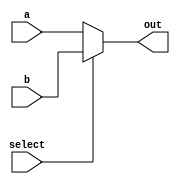
/********************************************************************************
 *                                                                              *
 *                          Yu Core - Single Cycle Version                      *
 *                                                                              *
 *------------------------------------------------------------------------------*
 * Description : This file gives general Muxes                                  *
 ********************************************************************************/
 
module Mux2 #(parameter OPERAND_WIDTH = 32) (out, select, a, b);
    input select;
    input [OPERAND_WIDTH - 1 : 0] a;
    input [OPERAND_WIDTH - 1 : 0] b;

    output reg [OPERAND_WIDTH - 1 : 0] out;

    always @ (*) out = (select == 0) ? a : b;
endmodule

module Mux4 #(parameter OPERAND_WIDTH = 32) (out, select, a, b, c, d);
    input [1 : 0] select;
    input [OPERAND_WIDTH - 1 : 0] a;
    input [OPERAND_WIDTH - 1 : 0] b;
    input [OPERAND_WIDTH - 1 : 0] c;
    input [OPERAND_WIDTH - 1 : 0] d;

    output reg [OPERAND_WIDTH - 1 : 0] out;

    always @ (*)
    begin
        case (select)
            2'b00 : out <= a;
            2'b01 : out <= b;
            2'b10 : out <= c;
            2'b11 : out <= d;
        endcase
    end
endmodule